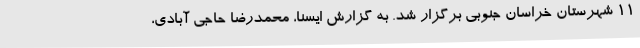
11 شهرستان خراسان جنوبی برگزار شد. به گزارش ایسنا، محمدرضا حاجی آبادی،